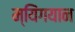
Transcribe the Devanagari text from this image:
म्यिंगयान